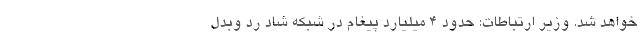
خواهد شد. وزیر ارتباطات: حدود ۴ میلیارد پیغام در شبکه شاد رد وبدل